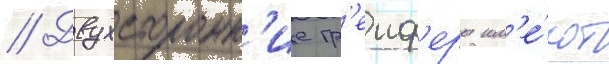
// Двухсторонн'ие гр'еиф'еры им'е́ют